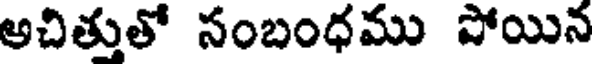
అచిత్తుతో సంబంధము పోయిన